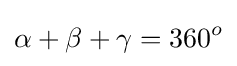
\alpha +\beta +\gamma =360^{o}